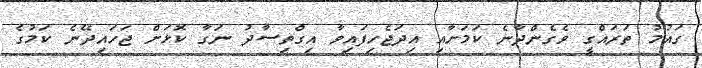
ގައުމު ތަރައްގީ ވެގެންދާނެ ކަމަށާއި އިދަޖެހިފައިވާ އިގްތިސާދު ނަގާ ކޮޅަށް ޖަހައިދޭނެ ކަމުގެ